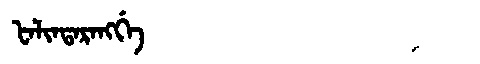
Manchu: ᡶᠠᠯᡳᠨᡨᠠᡵᠠᠩᡤᡝ
Romanization: FALINTARANGGE